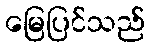
မြေပြင်သည်